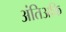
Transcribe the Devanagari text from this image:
अंतिअकि